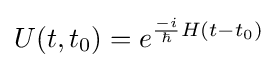
U(t,t_{0})=e^{{\frac {-i}{\hbar }}H(t-t_{0})}